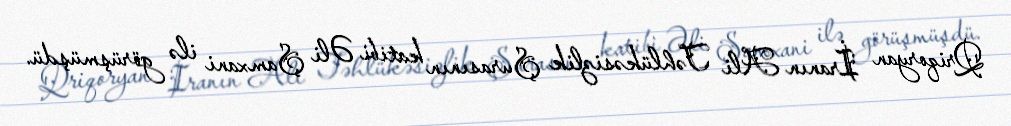
Qriqoryan İranın Ali Təhlükəsizlik Şurasının katibi Əli Şamxani ilə görüşmüşdü.